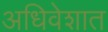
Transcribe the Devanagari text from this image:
अधिवेशात